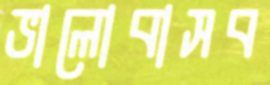
ভালোবাসব